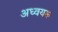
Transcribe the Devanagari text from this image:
अध्वयरू